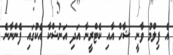
އެ ފިލްމު ވާނީ ޝާހް އާއި ކެޓްރީނާ އަދި އަނުޝްކާ އެކުގައި ފެންނާނެ